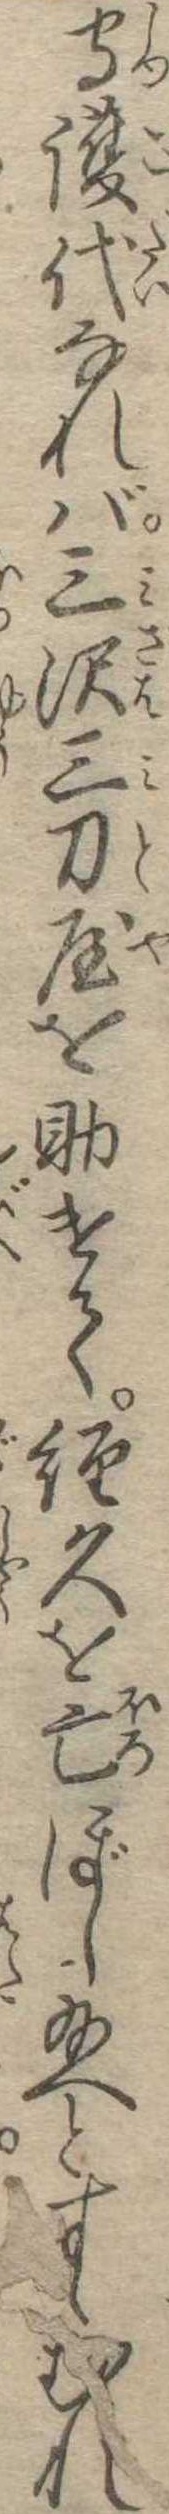
守護代なれば三沢三刀屋を助けて経久を亡ぼし給へとすゝむれ